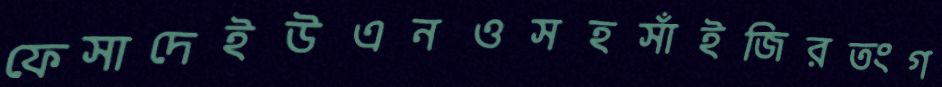
ফেসাদেইউএনওসহসাঁইজিরতংগ